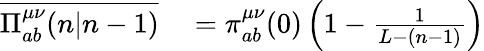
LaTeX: \begin{array}{rl}{\overline{{\Pi_{ab}^{\mu\nu}(n|n-1)}}}&{{}=\pi_{ab}^{\mu\nu}(0)\left(1-\frac{1}{L-(n-1)}\right)}\end{array}